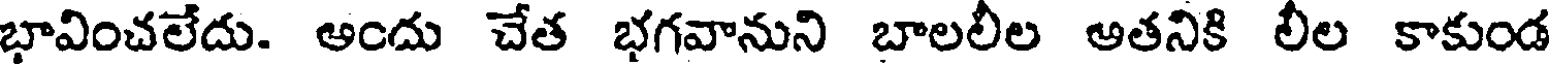
భావించలేదు. అందు చేత భగవానుని బాలలీల అతనికి లీల కాకుండ